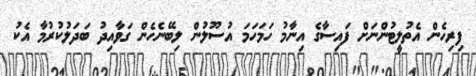
ފިރިހެން އެތުލީޓުންނަށް ފައިސާގެ އިނާމު ހަމަހަމަ އުސޫލުން ލިބޭނެހެން ގަވާއިދު ބަދަލުކުރުމާ އެކު